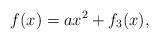
LaTeX: \begin{align*} f(x)= ax^2 + f_3(x), \end{align*}